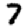
Digit: 7